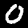
Digit: 0